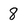
Character: 8